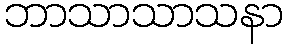
ဘာသာသာသနာ